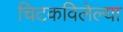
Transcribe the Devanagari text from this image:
चिटकविलेल्या